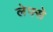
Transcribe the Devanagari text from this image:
लेफ्से